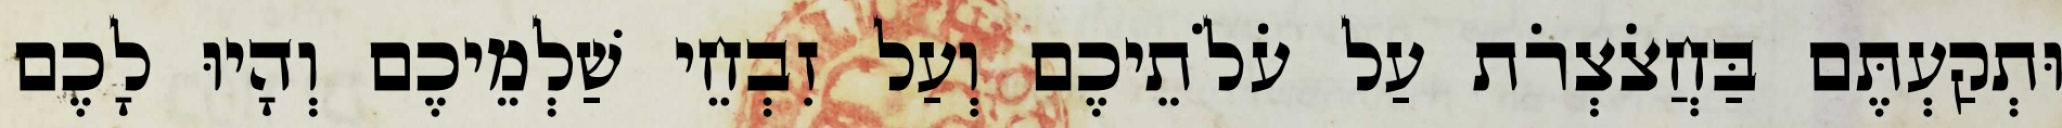
וּתְקַעְתֶּם בַּחֲצֹצְרֹת עַל עֹלֹתֵיכֶם וְעַל זִבְחֵי שַׁלְמֵיכֶם וְהָיוּ לָכֶם